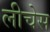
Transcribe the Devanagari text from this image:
लीचेस